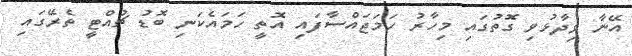
އޭނާ ވިދާޅުވި ގޮތުގައި މިހާރު ހަމަޖައްސާފައި އޮތީ ހަމައެކަނި ބޮޑު ޗުއްޓީ ތެރޭގައި